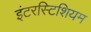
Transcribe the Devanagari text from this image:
इंटरस्टिशियम